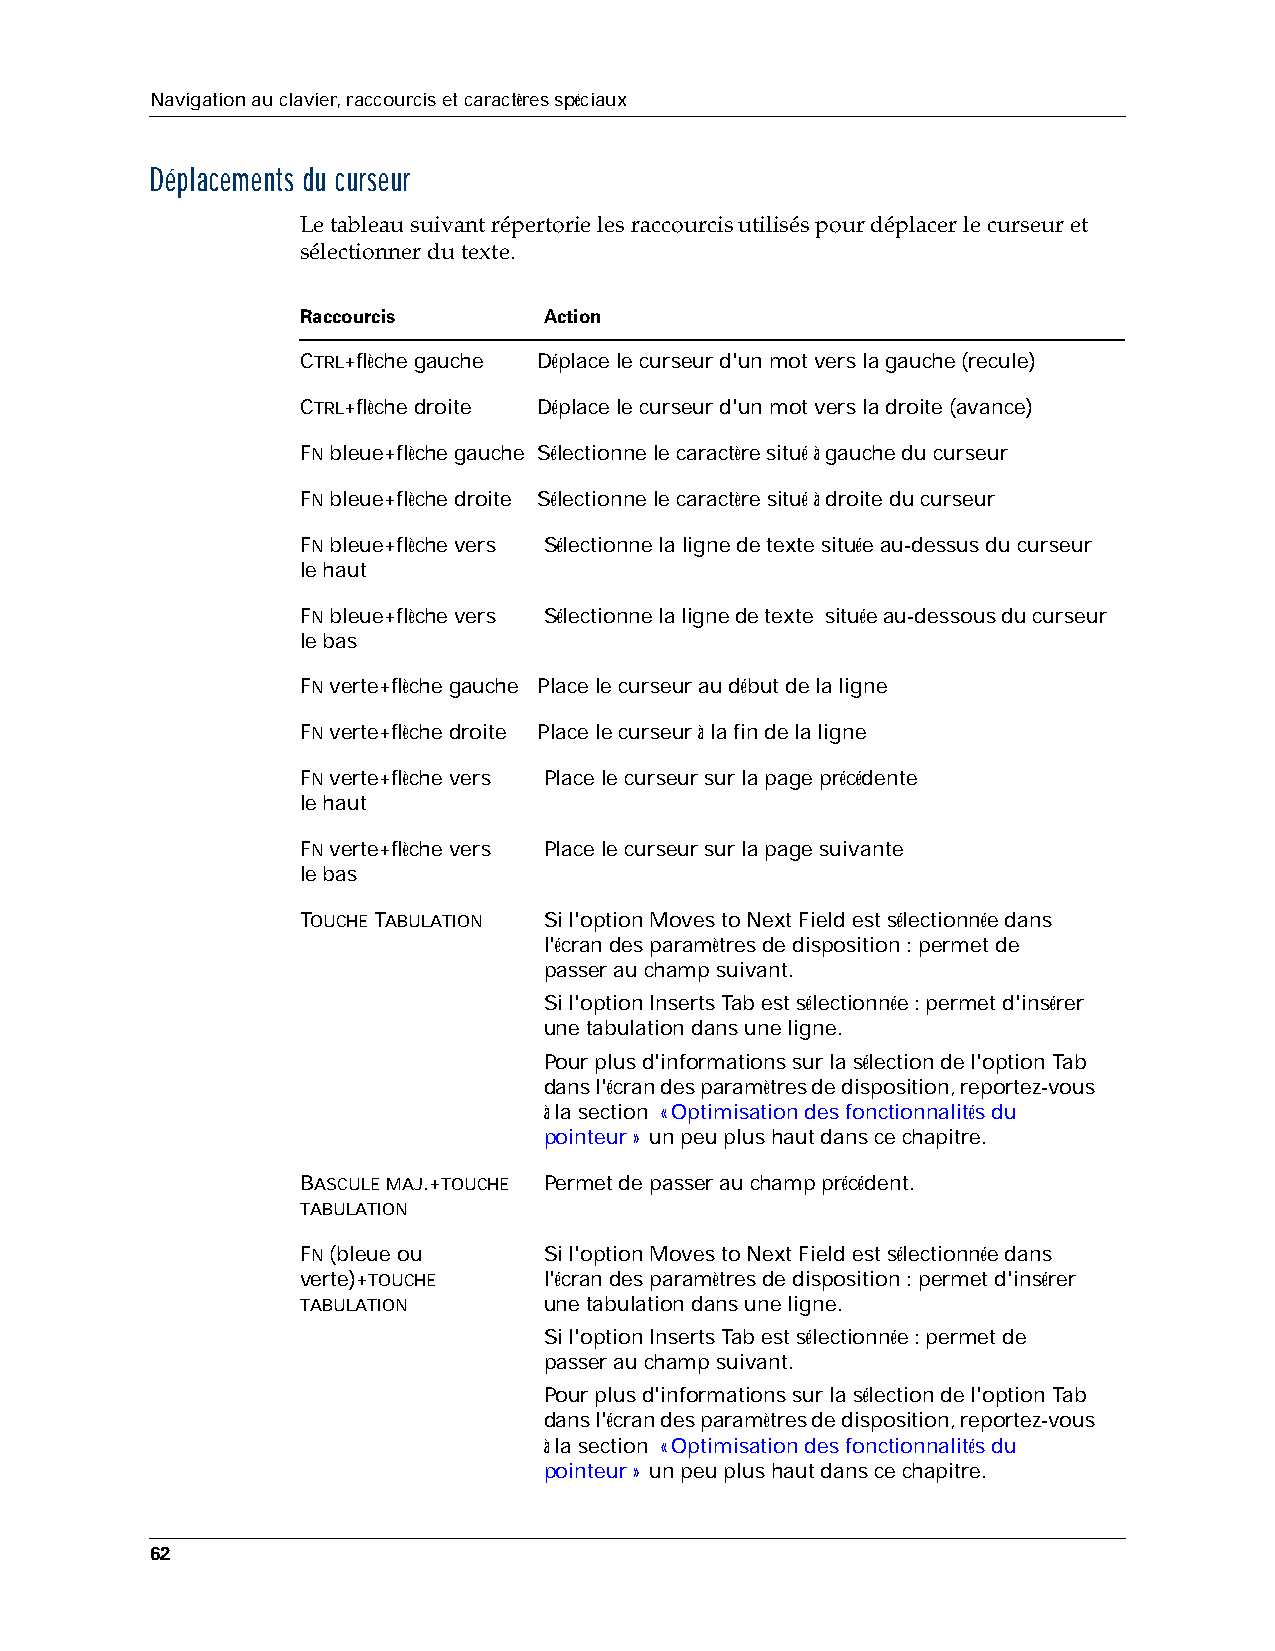
Navigation au clavier, raccourcis et caractères spéciaux
 Déplacements du curseur
 Le tableau suivant répertorie les raccourcis utilisés pour déplacer le curseur et
 sélectionner du texte.
 Raccourcis      Action
 CTRL+flèche gauche Déplace le curseur d'un mot vers la gauche (recule)
 CTRL+flèche droite Déplace le curseur d'un mot vers la droite (avance)
 FN bleue+flèche gauche Sélectionne le caractère situé à gauche du curseur
 FN bleue+flèche droite Sélectionne le caractère situé à droite du curseur
 FN bleue+flèche vers Sélectionne la ligne de texte située au-dessus du curseur
 lehaut
 FN bleue+flèche vers Sélectionne la ligne de texte située au-dessous du curseur
 lebas
 FN verte+flèche gauche Place le curseur au début de la ligne
 FN verte+flèche droite Place le curseur à la fin de la ligne
 FN verte+flèche vers Place le curseur sur la page précédente
 lehaut
 FN verte+flèche vers Place le curseur sur la page suivante
 lebas
 TOUCHE TABULATION Si l'option Moves to Next Field est sélectionnée dans
 l'écran des paramètres de disposition: permet de
 passerau champ suivant.
 Si l'option Inserts Tab est sélectionnée: permet d'insérer
 une tabulation dans une ligne.
 Pour plus d'informations sur la sélection de l'option Tab
 dans l'écran des paramètres de disposition, reportez-vous
 à la section «Optimisation des fonctionnalités du
 pointeur» un peu plus haut dans ce chapitre.
 BASCULE MAJ.+TOUCHE Permet de passer au champ précédent.
 TABULATION
 FN (bleue ou    Si l'option Moves to Next Field est sélectionnée dans
 verte)+TOUCHE   l'écran des paramètres de disposition: permet d'insérer
 TABULATION      une tabulation dans une ligne.
 Si l'option Inserts Tab est sélectionnée: permet de
 passerau champ suivant.
 Pour plus d'informations sur la sélection de l'option Tab
 dans l'écran des paramètres de disposition, reportez-vous
 à la section «Optimisation des fonctionnalités du
 pointeur» un peu plus haut dans ce chapitre.
 62